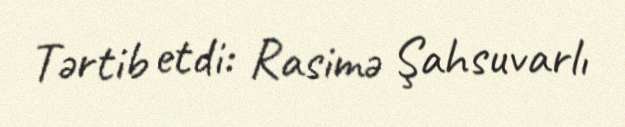
Tərtib etdi: Rasimə Şahsuvarlı